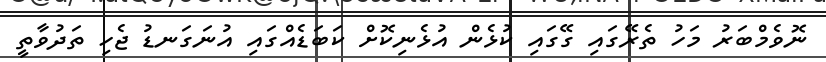
ނޮވެމްބަރު މަހު ތެރޭގައި ގޭގައި ކުޅެން އުޅެނިކޮށް ކަބަޑެއްގައި އުނަގަނޑު ޖެހި ތަދުވާތީ